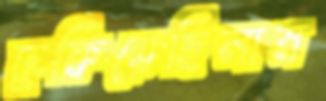
ঢুকিয়েছিলাম